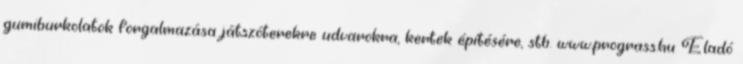
gumiburkolatok forgalmazása játszóterekre udvarokra, kertek építésére, stb. www.prograss.hu Eladó